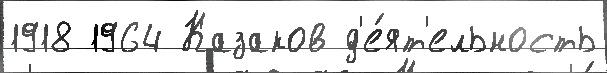
1918 1964 Казаков д'е́ят'ельность